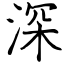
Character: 深